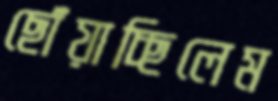
ছোঁয়াচ্ছিলেম